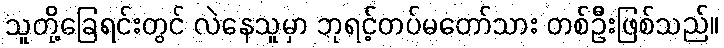
သူတို့ခြေရင်းတွင် လဲနေသူမှာ ဘုရင့်တပ်မတော်သား တစ်ဦးဖြစ်သည်။